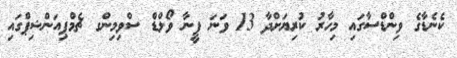
ކެނެޑާގެ ވިންޑްސާގައި މިހާރު ކުރިޔަށްދާ 13 ވަނަ ފީނާ ވޯލްޑް ސްވިމިންގ ޗެމްޕިއަންޝިޕްގައި